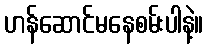
ဟန်ဆောင်မနေစမ်းပါနဲ့။